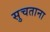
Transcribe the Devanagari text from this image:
सुचताना